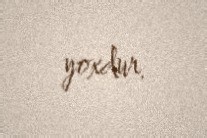
yoxdur.